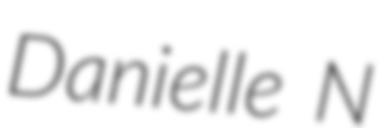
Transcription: Danielle N